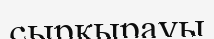
сырқырауы